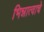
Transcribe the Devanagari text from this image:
भिन्नात्वाचे